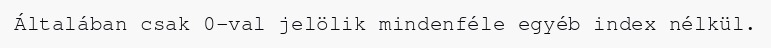
Általában csak 0-val jelölik mindenféle egyéb index nélkül.